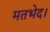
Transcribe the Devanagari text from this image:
मतभेद।